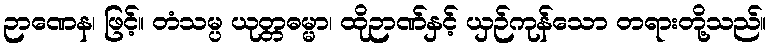
ဉာဏေန၊ ဖြင့်။ တံသမ္ပ ယုတ္တဓမ္မာ၊ ထိုဉာဏ်နှင့် ယှဉ်ကုန်သော တရားတို့သည်။